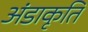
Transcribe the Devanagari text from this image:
अंडाकृति